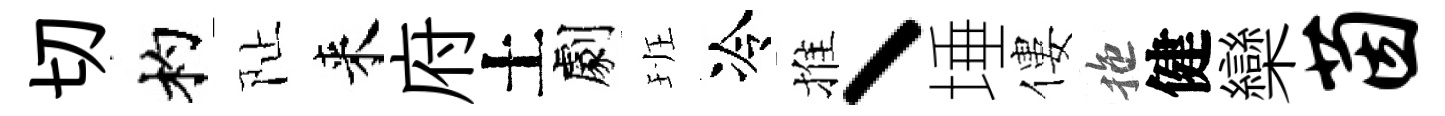
切杓阯来府土劇班冷推丶埵僂拖健欒茵